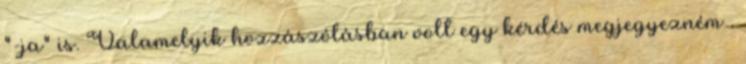
"-ja" is. Valamelyik hozzászólásban volt egy kérdés megjegyezném .